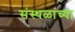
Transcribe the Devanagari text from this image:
संस्थळांच्या